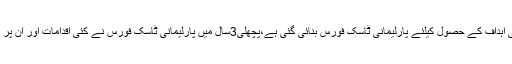
انہوں نے کہا کہ ترقیاتی اہداف کے حصول کیلئے پارلیمانی ٹاسک فورس بنائی گئی ہے،پچھلی3سال میں پارلیمانی ٹاسک فورس نے کئی اقدامات اور ان پر عملدرآمد یقینی بنایاہے ۔